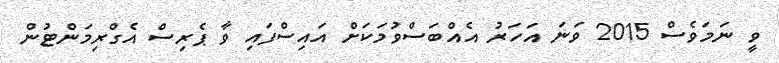
ވީ ނަމަވެސް 2015 ވަނަ އަހަރު އެއްބަސްވުމަކަށް އައިސްފައި ވާ ޕެރިސް އެގްރިމަންޓުން